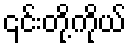
၎င်းတို့ကိုယ်